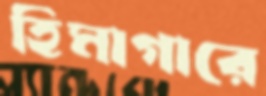
হিমাগারে